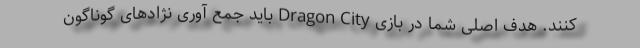
کنند. هدف اصلی شما در بازی Dragon City باید جمع آوری نژادهای گوناگون